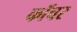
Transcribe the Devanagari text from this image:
कॉचर